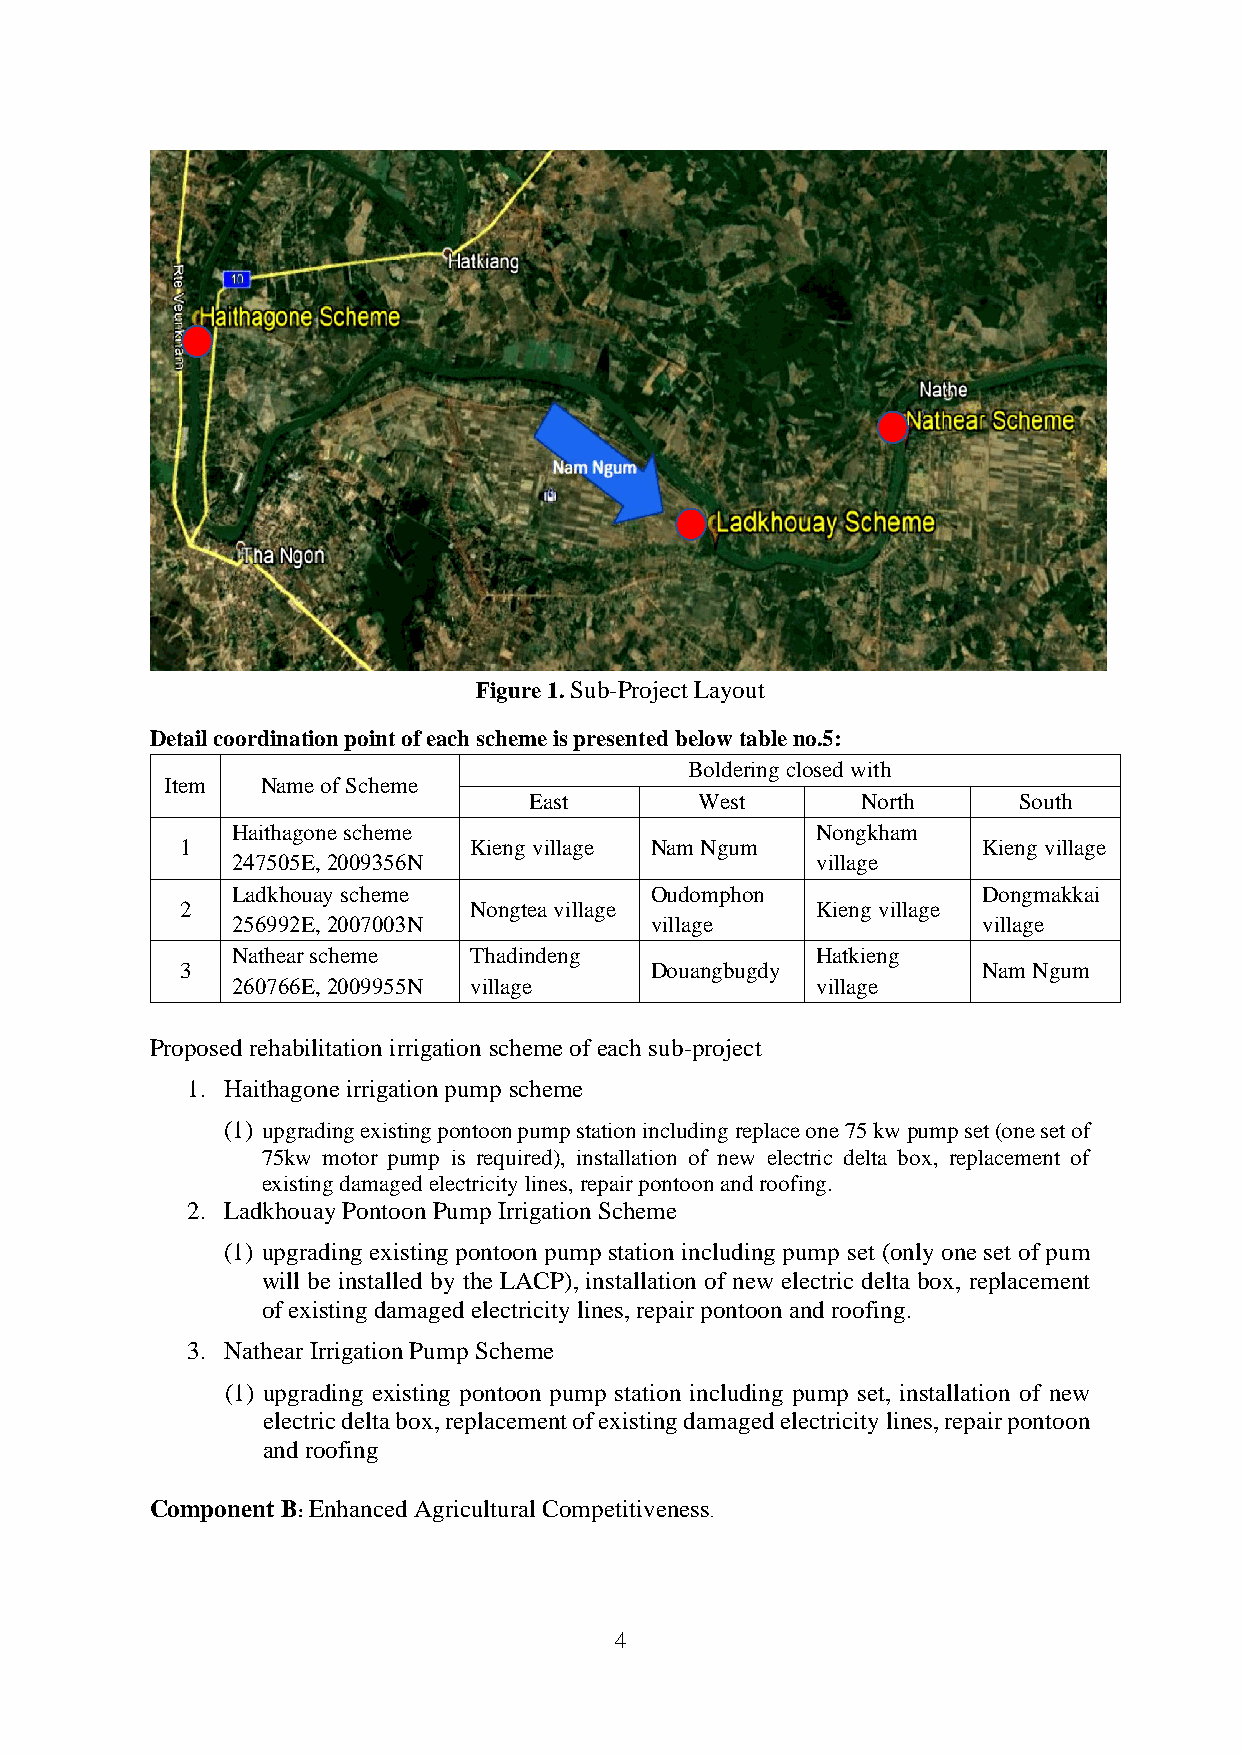
Figure 1. Sub-Project Layout
 Detail coordination point of each scheme is presented below table no.5:
 Boldering closed with
 Item  Name of Scheme
 East       West       North     South
 Haithagone scheme                      Nongkham
 1                  Kieng village Nam Ngum            Kieng village
 247505E, 2009356N                      village
 Ladkhouay scheme            Oudomphon             Dongmakkai
 2                  Nongtea village        Kieng village
 256992E, 2007003N           village               village
 Nathear scheme  Thadindeng             Hatkieng
 3                              Douangbugdy           Nam Ngum
 260766E, 2009955N village              village
 Proposed rehabilitation irrigation scheme of each sub-project
 1. Haithagone irrigation pump scheme
 (1) upgrading existing pontoon pump station including replace one 75 kw pump set (one set of
 75kw motor pump is required), installation of new electric delta box, replacement of
 existing damaged electricity lines, repair pontoon and roofing.
 2. Ladkhouay Pontoon Pump Irrigation Scheme
 (1) upgrading existing pontoon pump station including pump set (only one set of pum
 will be installed by the LACP), installation of new electric delta box, replacement
 of existing damaged electricity lines, repair pontoon and roofing.
 3. Nathear Irrigation Pump Scheme
 (1) upgrading existing pontoon pump station including pump set, installation of new
 electric delta box, replacement of existing damaged electricity lines, repair pontoon
 and roofing
 Component B: Enhanced Agricultural Competitiveness.
 4